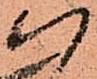
以